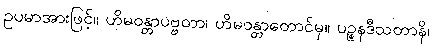
ဥပမာအားဖြင့်။ ဟိမဝန္တာပဗ္ဗတာ၊ ဟိမဝန္တာတောင်မှ။ ပဉ္စနဒီသတာနိ၊